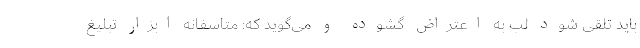
باید تلقی شود لب به اعتراض گشوده و می‌گوید که: متاسفانه ابزار تبلیغ